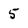
Character: 5